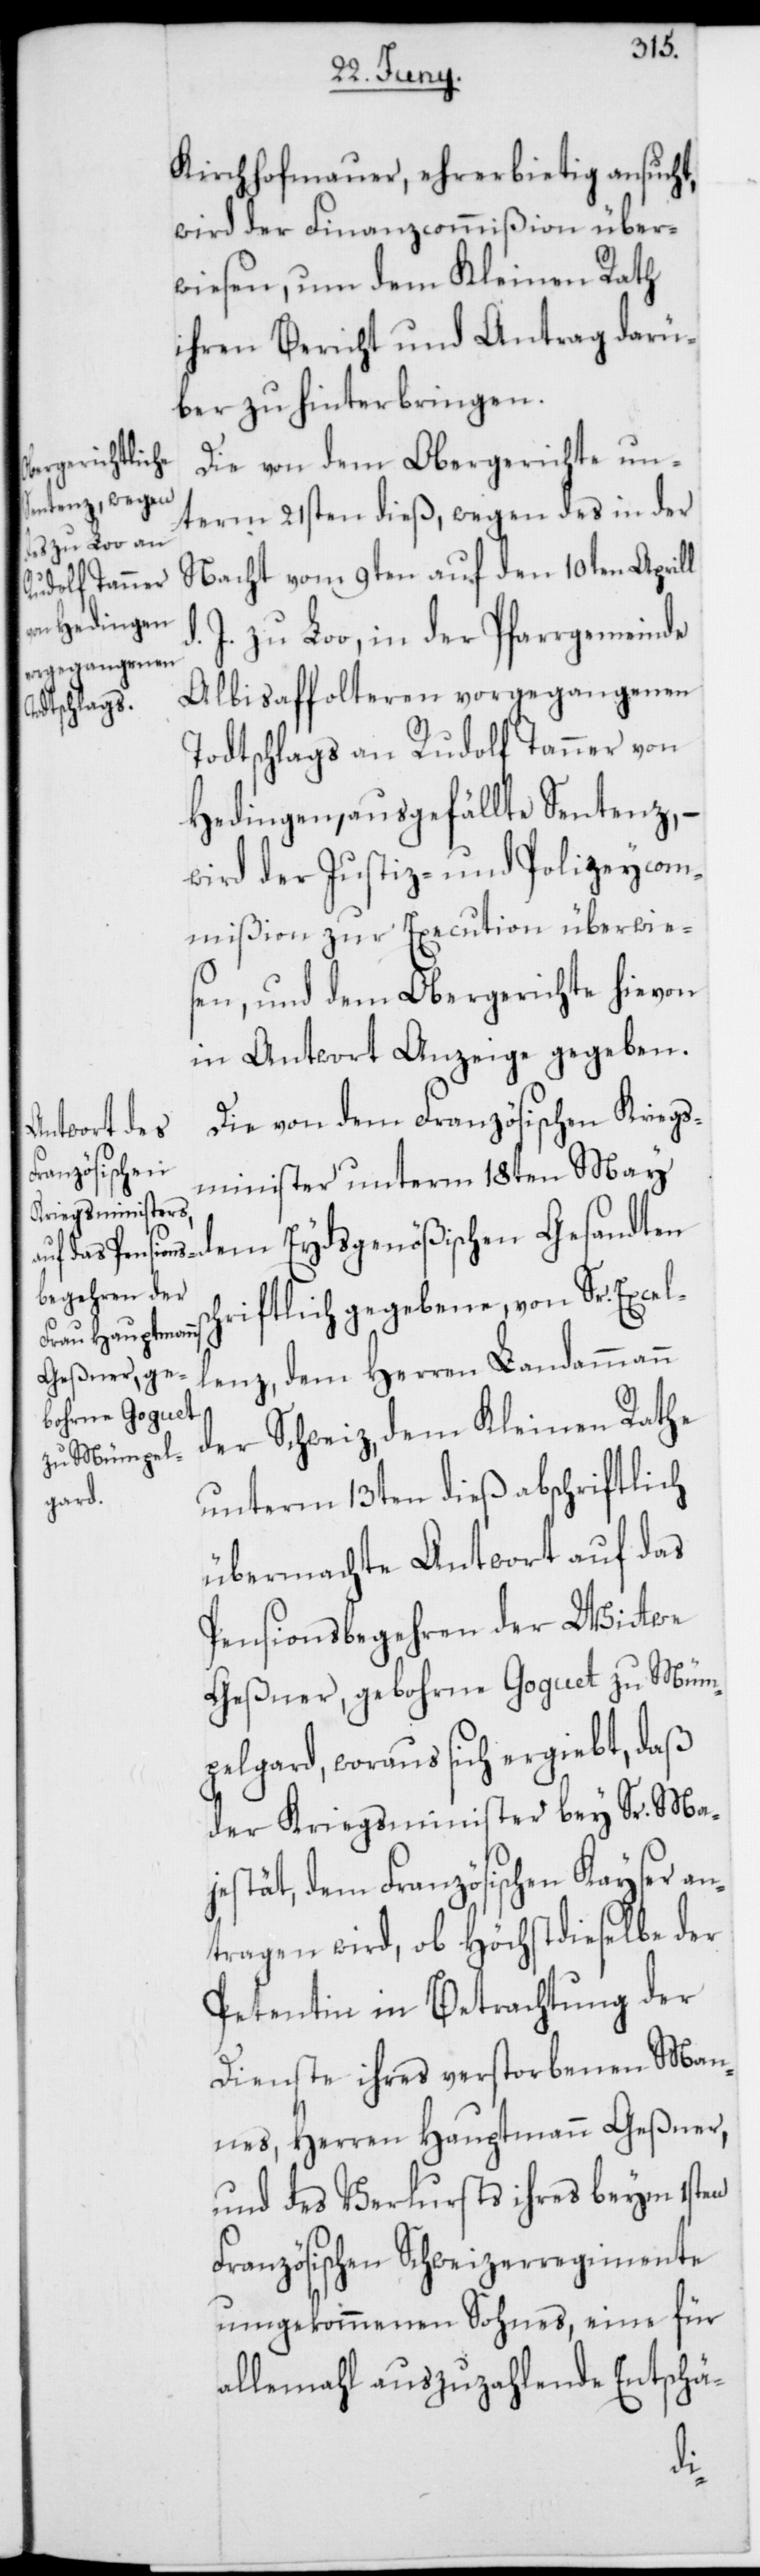
Kirchhofmauer, ehrerbietig ansucht,
wird der Finanzcommißion über¬
wiesen, um dem Kleinen Rath
ihren Bericht und Antrag darü¬
ber zu hinterbringen.
Die von dem Obergericht un¬
term 21sten dieß, wegen des in der
Nacht vom 9ten auf den 10ten Aprill
zu Loo, in der Pfarrgemeinde
Albisaffolteren vorgegangenen
Todtschlags an Rudolf Tanner von
Hedingen, ausgefällte Sentenz, –
wird der Justiz- und Polizeycom¬
mißion zur Execution überwie¬
sen, und dem Obergerichte hievon
in Antwort Anzeige gegeben.
Die von dem Französischen Kriegs¬
minister unterm 18ten May
dem Eydsgenößischen Gesandten
chriftlich gegebene, von Sr. Excel¬
lenz, dem Herren Landammann
der Schweiz, dem Kleinen Rathe
unterm 13ten dieß abschriftlich
übermachte Antwort auf das
Pensionsbegehren der Witwe
Geßner, gebohrne Goguet zu Müm¬
pelgard, woraus sich ergiebt, daß
der Kriegsminister bey Sr. Ma¬
jestät, dem Französischen Kayser an¬
tragen wird, ob Höchstdieselbe der
Petentin in Betrachtung der
Dienste ihres verstorbenen Man¬
nes, Herren Hauptmann Geßner,
und des Verlusts ihres beym 1sten
Französischen Schweizerregimente
umgekommenen Sohnes, eine für
allemahl auszuzahlende Entschä-
s¬